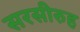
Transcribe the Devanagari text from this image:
सरसीरुह